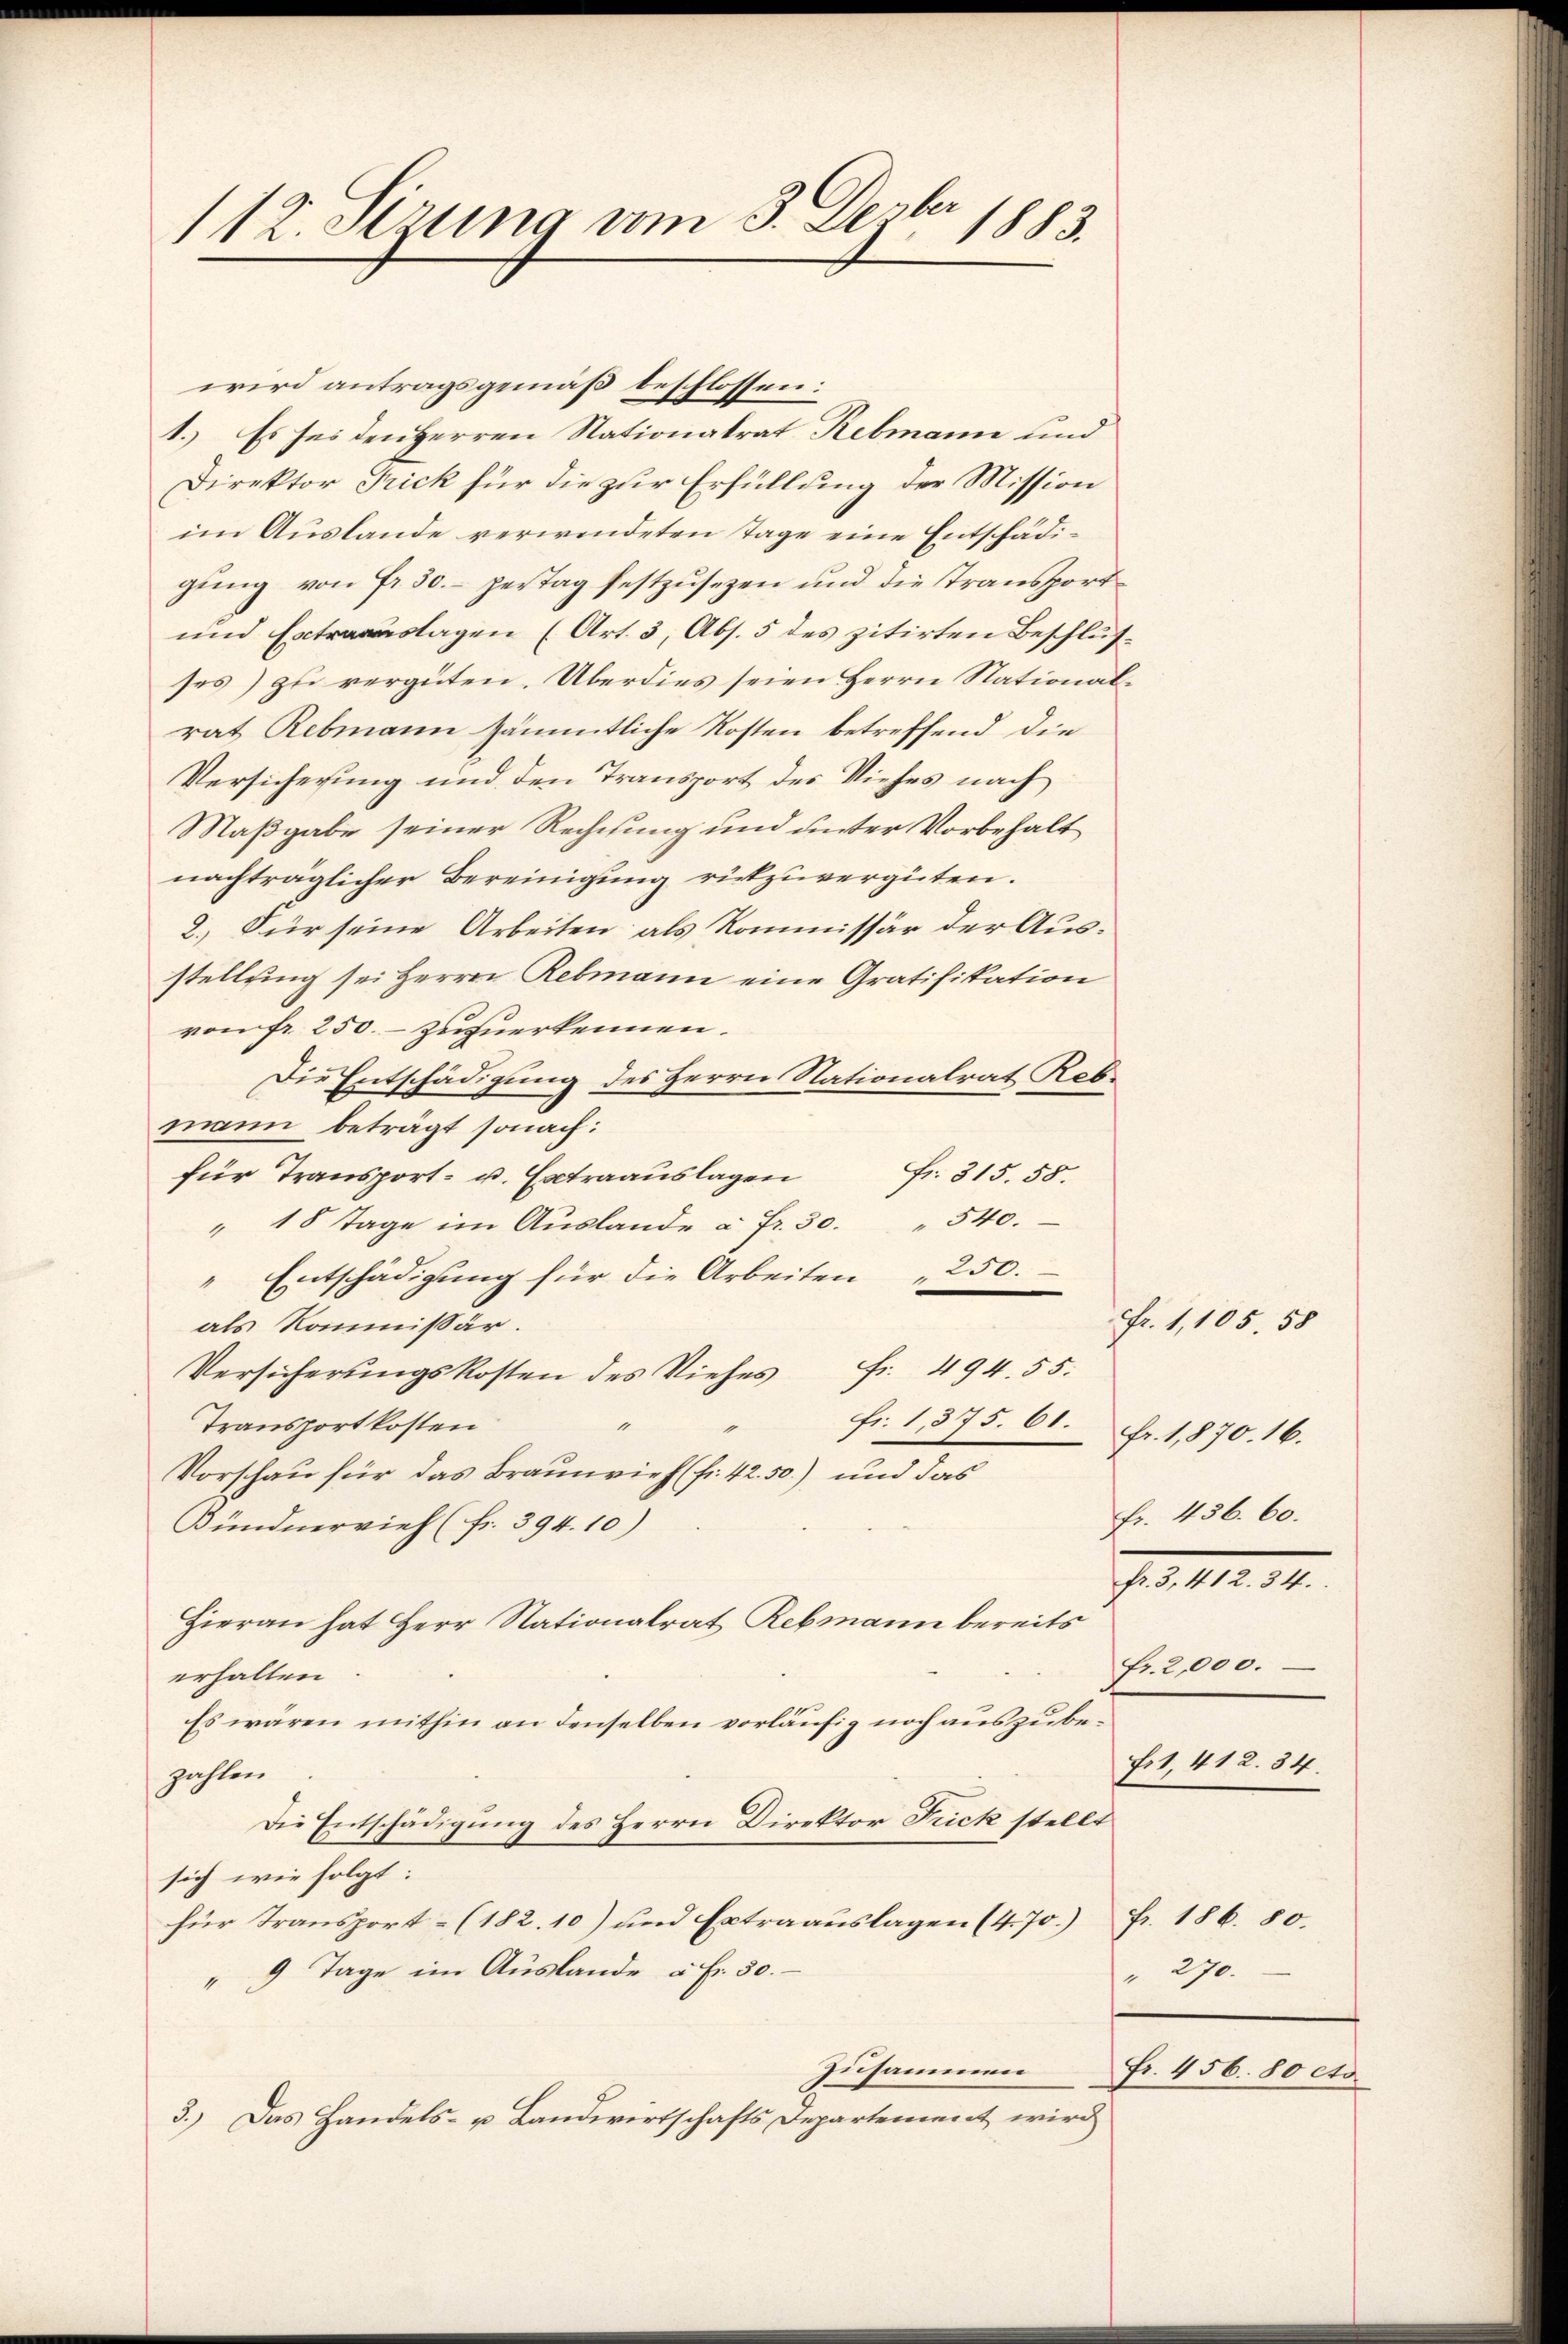
112. Sizung vom 3. Dezbr 1883.

wird antragsgemäß beschlossen:
Direktor Frick für die zur Erfüllung der Mission
im Auslande verwendeten Tage eine Entschädigung von Fr. 50.- pertag festzusezen und die Transport
und Entstagen (Art. 3, Abs. 5 des zitirten Beschlusses) zu vergüten. Überdies seien Herrn Nationalrat Rebmann sämmtliche Kosten betreffend die
Versicherung und den Transport des Viehes nach
Maßgabe seiner Rechnung und unter Vorbehalt
nachträglicher Bereinigung rückzuvergüten.
2.) Für seine Arbeiten als Kommissär der Ausstellung sei Herrn Rebmann eine Gratifikation
vom fr. 250.- zuzuerkennen.
Die Entschädigung des Herrn Nationalrat Rebmann beträgt sonach:
für Transport- u. Extraaŭslagen fr. 315. 58.
540.
"18 Tage im Auslande à Fr. 30.
 Entschädigung für die Arbeiten 250.
als Kommissär.
Versicherungskosten des Viehes Fr. 494. 55.
fr. 1375. 61.
Transportkosten
1
Vorschau für das Braunvieh (fr. 42. 50.) und das
Bündnervieh (fr. 394. 10)
Hieran hat Herr Nationalrat Rebmann bereits
erhalten
Es wären mithin an denselben vorläufig noch auszubezahlen
Die Entschädigung des Herrn Direktor Fick stellt
sich wie folgt:
für Transport- (182. 10) und Extraauslagen (4. 70.)
" 9 Tage im Auslande à Fr. 30.
zusammen
3.) Das Handels- u. Landwirtschafts Departement wird

1.) Es sei den Herren Stationalrat Rebmann und

Fr. 1, 105. 58
fr. 1,870. 16.
fr. 456. 60.
Jes. 12. 14.
fr. 2,000.
Fr1, 412. 34

Fr. 186. 80.
" 270.
Fr. 456. 80 cto